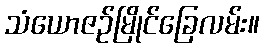
သံယောဇဉ်မြိုင်ခြေလမ်း။